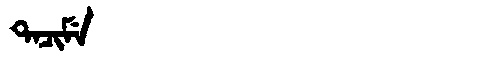
Manchu: ᡨᠠᠴᡳᠮᡝ
Romanization: TACIME